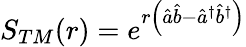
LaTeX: S_{TM}(r)=e^{r\left(\hat{a}\hat{b}-\hat{a}^{\dagger}\hat{b}^{\dagger}\right)}